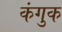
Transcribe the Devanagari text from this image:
कंगुक